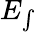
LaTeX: E_{\int}